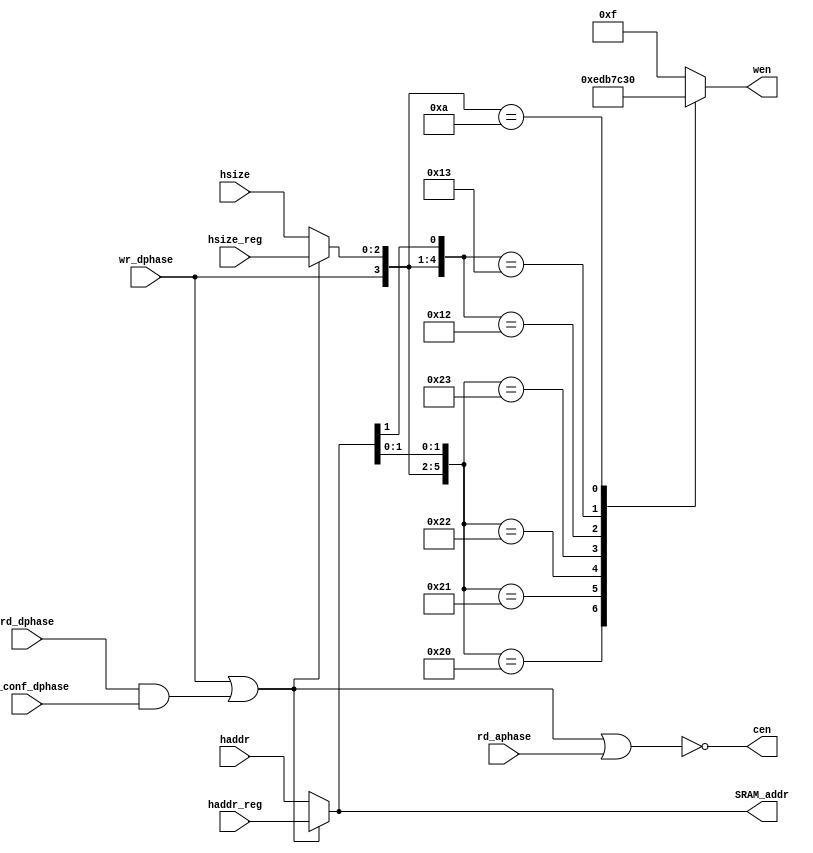
//Title       : 
//Description : Generates Chip Enable signals(Cen) and Write enables for a Voltage Island.
//Notes       : 
//----------------------------------------------------------------------
//   Copyright 1999-2010 Cadence Design Systems, Inc.
//   All Rights Reserved Worldwide
//
//   Licensed under the Apache License, Version 2.0 (the
//   "License"); you may not use this file except in
//   compliance with the License.  You may obtain a copy of
//   the License at
//
//       http://www.apache.org/licenses/LICENSE-2.0
//
//   Unless required by applicable law or agreed to in
//   writing, software distributed under the License is
//   distributed on an "AS IS" BASIS, WITHOUT WARRANTIES OR
//   CONDITIONS OF ANY KIND, either express or implied.  See
//   the License for the specific language governing
//   permissions and limitations under the License.
//----------------------------------------------------------------------

module en_gen(
       //inputs
        haddr,
        haddr_reg,
	     hsize,
	     hsize_reg,
        rd_aphase,
        wr_dphase,
	     rd_dphase,
	     RW_conf_dphase,
       //Outputs
	     cen,
	     wen,
	     SRAM_addr
);

//------------Ports----------------------------------
input [31:0] 	haddr, haddr_reg;
input  [2:0] 	hsize, hsize_reg;
input 		   wr_dphase;// 1 => Data phase write access to this voltage island
input 		   rd_aphase;// 1 => Data phase write access to this voltage island
input 		   rd_dphase;
input		      RW_conf_dphase;

output [31:0] 	SRAM_addr;// Address sent to SRAMs and used for creation of CENs
output 		   cen;	// CENs for the 4 SRAM blocks in each voltage island
output [3:0] 	wen;  // Byte lane WEN signals

reg    [3:0] 	wen;  

wire  [2:0] 	SRAM_size; 	// Size for the Byte Lane WEN generation
reg 		cen_b0_raw, cen_b1_raw, cen_b2_raw, cen_b3_raw; 	// CENs just based of the address 
wire active_access;


// Use the stored address if this is the data phase of a write
// or the data phase of a read that had a RWconflict
// Else assuming that it is a read, use the haddr
assign SRAM_addr = (wr_dphase | (rd_dphase & RW_conf_dphase)) ? haddr_reg : haddr;
assign SRAM_size = (wr_dphase | (rd_dphase & RW_conf_dphase)) ? hsize_reg : hsize;

// Signal indicating valid access to this group - 
// either data phase of Wr or 
// Dphase of a read that had a RWconflict or
// addr phase of Rd to this group
assign active_access = wr_dphase | (rd_dphase & RW_conf_dphase) | rd_aphase;
assign cen =  ~active_access;	// CEN = 1 when not active access


always @(SRAM_size or SRAM_addr or wr_dphase)
begin
`ifdef SYSTEM_BIG_ENDIAN
  casex ({wr_dphase, SRAM_size, SRAM_addr[1:0]})
    6'b100000 : wen = 4'b0111;
    6'b100001 : wen = 4'b1011;
    6'b100010 : wen = 4'b1101;
    6'b100011 : wen = 4'b1110;
    6'b10010x : wen = 4'b0011;
    6'b10011x : wen = 4'b1100;
    6'b1010xx : wen = 4'b0000;
    default   : wen = 4'b1111;
  endcase
`else
  casex ({wr_dphase, SRAM_size, SRAM_addr[1:0]})
    6'b100000 : wen = 4'b1110;
    6'b100001 : wen = 4'b1101;
    6'b100010 : wen = 4'b1011;
    6'b100011 : wen = 4'b0111;
    6'b10010x : wen = 4'b1100;
    6'b10011x : wen = 4'b0011;
    6'b1010xx : wen = 4'b0000;
    default   : wen = 4'b1111;
  endcase
`endif
end

endmodule //module en_gen